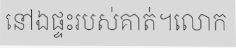
នៅឯផ្ទះរបស់គាត់។លោក